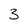
Character: 3